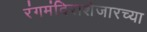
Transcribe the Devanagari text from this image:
रंगमंदिराशेजारच्या